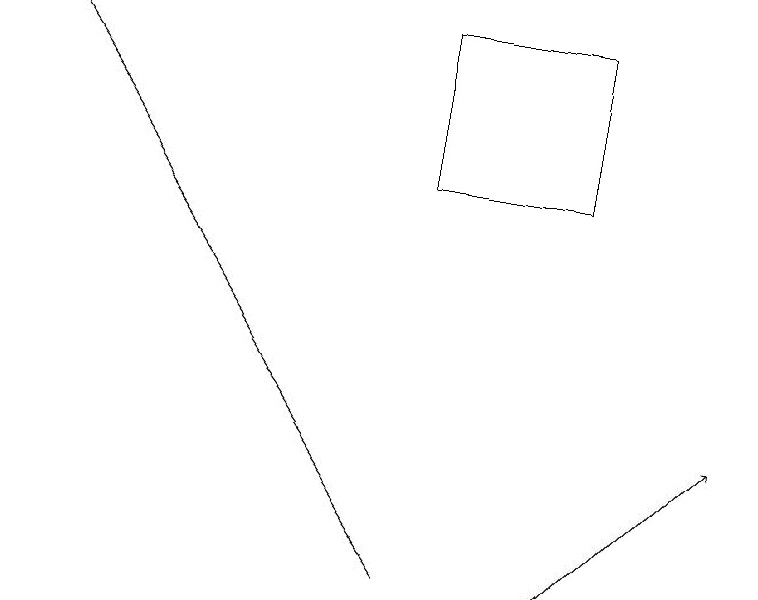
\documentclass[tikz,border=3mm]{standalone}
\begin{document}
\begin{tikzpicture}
\draw[->] (5,12) -- (0,19);
\draw (7,19) rectangle (5,17);
\draw[->] (7,12) -- (9,14);
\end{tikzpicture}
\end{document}